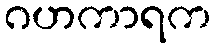
ဂဟကာရက